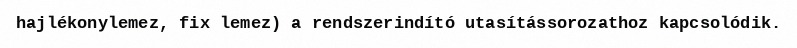
hajlékonylemez, fix lemez) a rendszerindító utasítássorozathoz kapcsolódik.